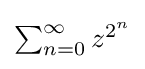
{\textstyle \sum _{n=0}^{\infty }z^{2^{n}}}